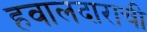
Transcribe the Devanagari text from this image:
हवालदाराची